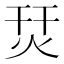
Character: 烎